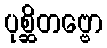
ပုစ္ဆိတဗ္ဗော